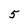
Character: 5